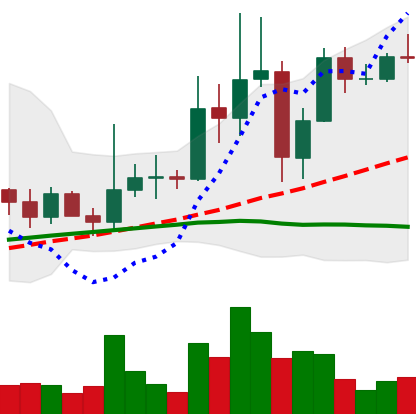
Ticker: XRP-USD
Chart end date: 2021-03-30
Forward return: 14.09%
Label: up_7plus